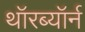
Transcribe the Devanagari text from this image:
थॉरब्यॉर्न